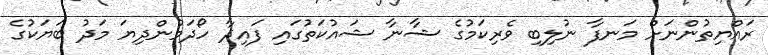
ރައްޔިތުންނަށް މަނފާ ނުލިބި ވެރިކަމުގެ ޝާނާ ޝައުކަތުގައި ފައިދާ ހޯދަމުންދިޔަ މަދު ބަޔަކުގެ